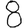
Digit: 8